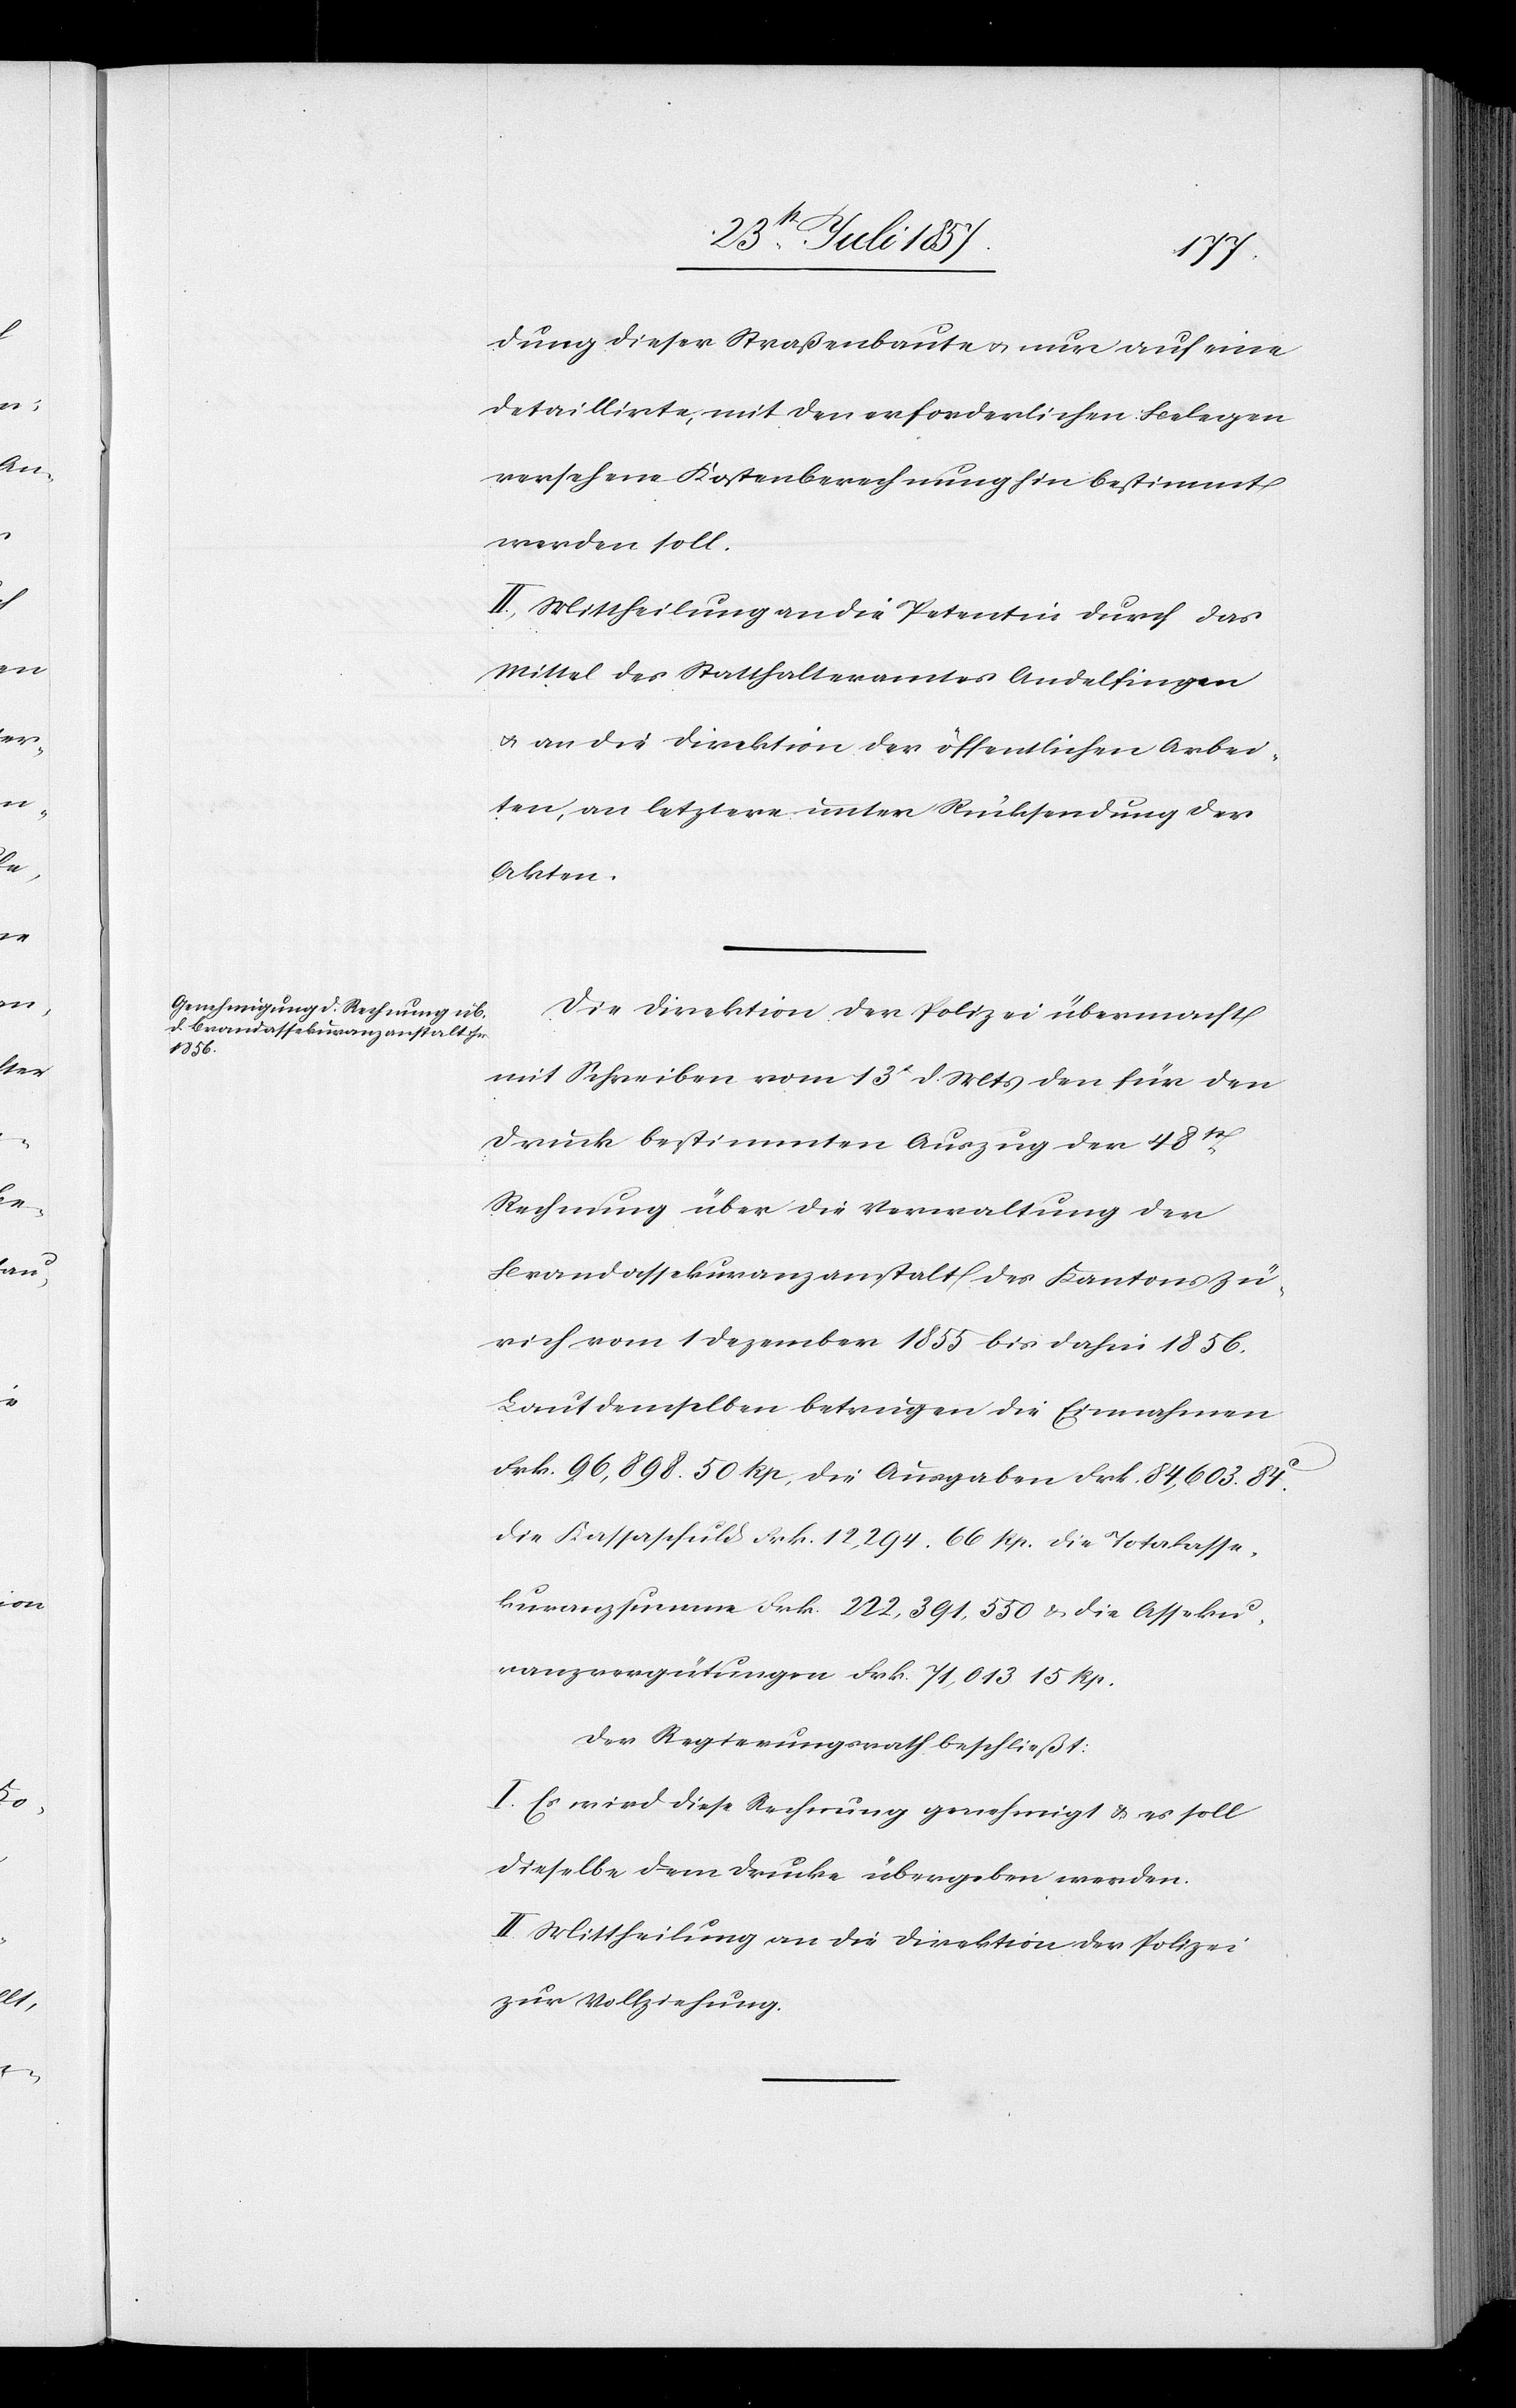
dung dieser Straßenbaute & nur auf eine
detaillirte, mit den erforderlichen Belegen
versehene Kostenberechnung hin bestimmt
werden soll.
II. Mittheilung an die Petentin durch das
Mittel des Statthalteramtes Andelfingen
& an die Direktion der öffentlichen Arbei¬
ten, an letztere unter Rücksendung der
Akten.
Die Direktion der Polizei übermacht
mit Schreiben vom 13t d. Mts. den für den
Druck bestimmten Auszug der 48t
Rechnung über die Verwaltung der
Brandassekuranzanstalt des Kantons Zü¬
rich vom 1 Dezember 1855 bis dahin 1856.
Laut demselben betrugen die Einnahmen
Frk. 96,898. 50 Rp, die Ausgaben Frk. 84,603. 84c.
Die Kassaschuld Frk. 12,294. 66 Rp. die Totalasse¬
kuranzsumme Frk. 222,391,550 & die Asseku¬
ranzvergütungen Frk. 71,013 15 Rp.
Der Regierungsrath beschließt:
I. Es wird diese Rechnung genehmigt & es soll
dieselbe dem Drucke übergeben werden.
II. Mittheilung an die Direktion der Polizei
zur Vollziehung.